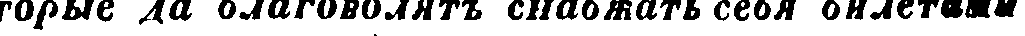
торые да благоволятъ снабжать себя билетами